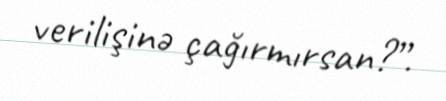
verilişinə çağırmırsan?”.